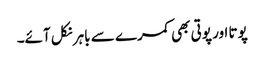
پوتا اور پوتی بھی کمرے سے باہر نکل آئے۔